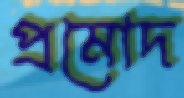
প্রমোদ